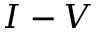
I - V